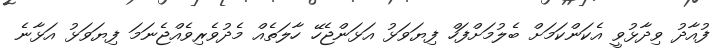
ފުއާދު ވިދާޅުވީ އެކަންކަމަށް ބެލުމަށްފަހް ފިޔަވަޅު އަޅަންޖެހޭ ހާލަތެއް މެދުވެރިވެއްޖެނަމަ ފިޔަވަޅު އަޅާނެ